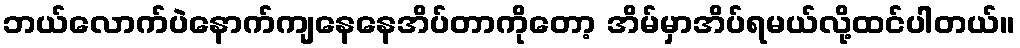
ဘယ်လောက်ပဲနောက်ကျနေနေအိပ်တာကိုတော့ အိမ်မှာအိပ်ရမယ်လို့ထင်ပါတယ်။